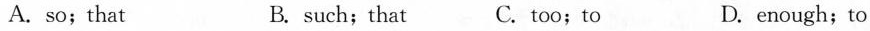
A. so;that B. such;that C. too;to D. enough;to